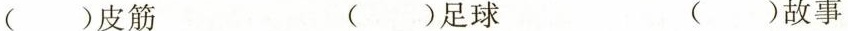
( )皮筋 ( )足球 ( )故事